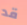
قد